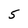
Character: 5